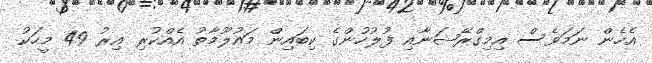
އެހެން ނަމަވެސް އިމިގްރޭޝަނާއި ފުލުހުންގެ ކިބައިން މައުލޫމާތު އެއްކުރި އިރު 49 މީހަކު